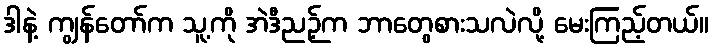
ဒါနဲ့ ကျွန်တော်က သူ့ကို အဲဒီညဉ့်က ဘာတွေစားသလဲလို့ မေးကြည့်တယ်။